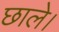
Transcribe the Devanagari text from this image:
छाले।